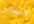
البضائع